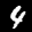
Label: 4